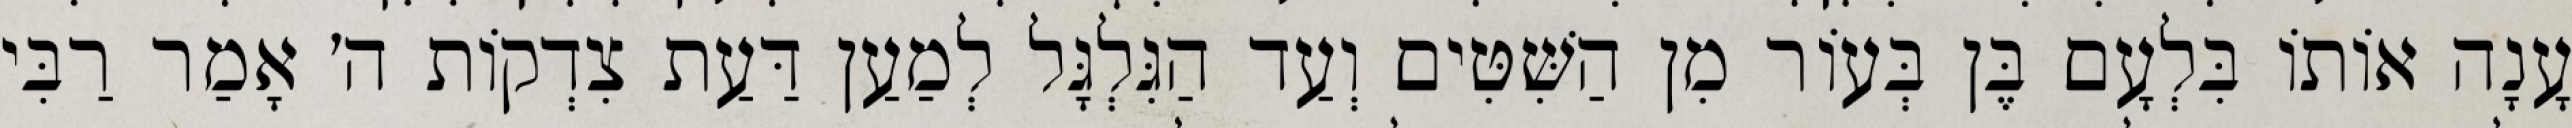
עָנָה אוֹתוֹ בִּלְעָם בֶּן בְּעוֹר מִן הַשִּׁטִּים וְעַד הַגִּלְגָּל לְמַעַן דַּעַת צִדְקוֹת ה׳ אָמַר רַבִּי